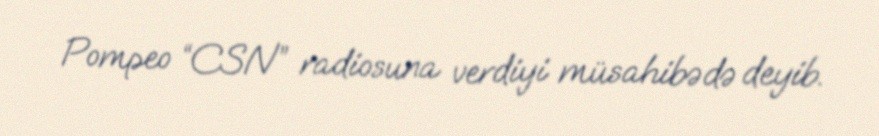
Pompeo “CSN” radiosuna verdiyi müsahibədə deyib.